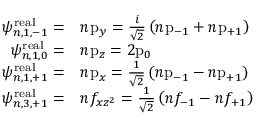
{ \begin{array} { r l } { \psi _ { n , 1 , - 1 } ^ { \mathrm { r e a l } } = } & { n { \mathrm { p } } _ { y } = { \frac { i } { \sqrt { 2 } } } \left( n { \mathrm { p } } _ { - 1 } + n { \mathrm { p } } _ { + 1 } \right) } \\ { \psi _ { n , 1 , 0 } ^ { \mathrm { r e a l } } = } & { n { \mathrm { p } } _ { z } = 2 { \mathrm { p } } _ { 0 } } \\ { \psi _ { n , 1 , + 1 } ^ { \mathrm { r e a l } } = } & { n { \mathrm { p } } _ { x } = { \frac { 1 } { \sqrt { 2 } } } \left( n { \mathrm { p } } _ { - 1 } - n { \mathrm { p } } _ { + 1 } \right) } \\ { \psi _ { n , 3 , + 1 } ^ { \mathrm { r e a l } } = } & { n f _ { x z ^ { 2 } } = { \frac { 1 } { \sqrt { 2 } } } \left( n f _ { - 1 } - n f _ { + 1 } \right) } \end{array} }